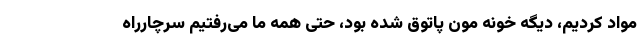
مواد کردیم، دیگه خونه مون پاتوق شده بود، حتی همه‌ ما می‌رفتیم سرچارراه